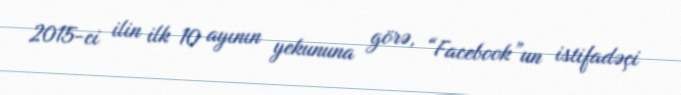
2015-ci ilin ilk 10 ayının yekununa görə, “Facebook”un istifadəçi